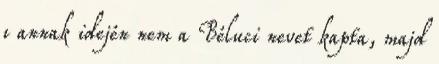
ı annak idején nem a Béluci nevet kapta, majd